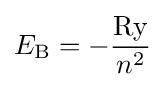
E_{\text{B}}=-{\frac {\rm {Ry}}{n^{2}}}